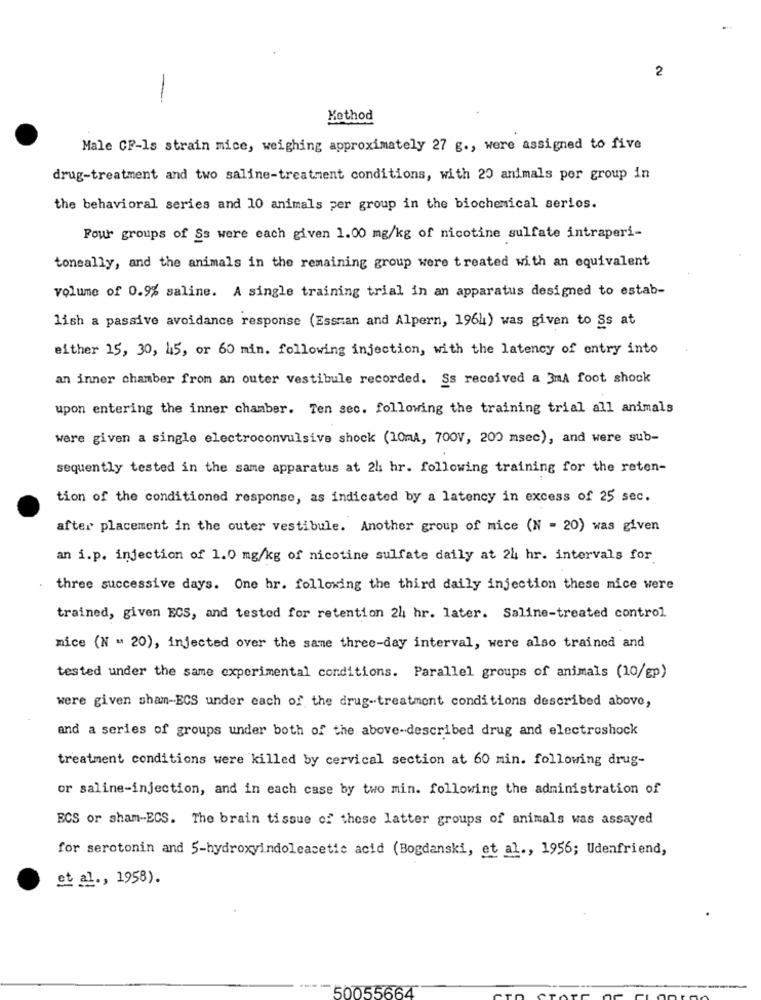
2
-
Method
Male CF-Is strain mice, weighing approximately 27 g ., were assigned to five
drug-treatment and two saline-treatment conditions, with 20 animals por group in
the behavioral series and 10 animals per group in the biochemical serios.
Pour groups of Ss were each given 1.00 mg/kg of nicotine sulfate intraperi-
toneally, and the animals in the remaining group were treated with an equivalent
volume of 0.9% saline. A single training trial in an apparatus designed to estab-
lish a passive avoidance response (Essman and Alpern, 1964) was given to Ss at
either 15, 30, 45, or 60 min. following injection, with the latency of entry into
an inner chamber from an outer vestibule recorded. Ss received a 3mA foot shock
upon entering the inner chamber. Ten sec. following the training trial all animals
were given a single electroconvulsive shock (10ml, 700V, 200 msec), and were sub-
sequently tested in the same apparatus at 2h hr. following training for the reten-
tion of the conditioned response, as indicated by a latency in excess of 25 sec.
after placement in the outer vestibule. Another group of mice (N = 20) was given
an i.p. injection of 1.0 mg/kg of nicotine sulfate daily at 24 hr. intervals for
three successive days. One hr. following the third daily injection these mice were
trained, given ECS, and tested for retention 24 hr. later. Saline-treated control
mice (N " 20), injected over the same three-day interval, were also trained and
tested under the same experimental conditions. Parallel groups of animals (10/gp)
were given sham-ECS under each of the drug-treatment conditions described above,
and a series of groups under both of the above-described drug and electroshock
treatment conditions were killed by cervical section at 60 min. following drug-
or saline-injection, and in each case by two min. following the administration of
ECS or sham-ECS. The brain tissue of these latter groups of animals was assayed
for serotonin and 5-hydroxyindoleacetic acid (Bogdanski, et al ., 1956; Udenfriend,
et al ., 1958).
50055664